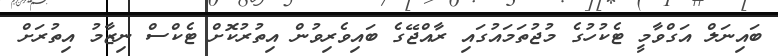
ބައިނަލް އަގްވާމީ ޓެކުހުގެ މުޖުތަމައުގައި ރާއްޖޭގެ ބައިވެރިވުން އިތުރުކޮށް ޓެކްސް ނިޒާމު އިތުރަށް